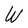
Character: W